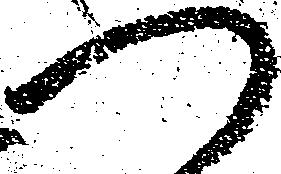
つ